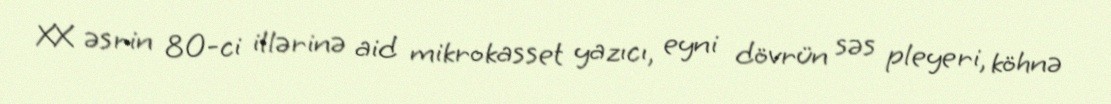
XX əsrin 80-ci illərinə aid mikrokasset yazıcı, eyni dövrün səs pleyeri, köhnə